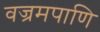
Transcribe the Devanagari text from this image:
वज्रमपाणि